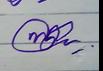
Signature authenticity: genuine